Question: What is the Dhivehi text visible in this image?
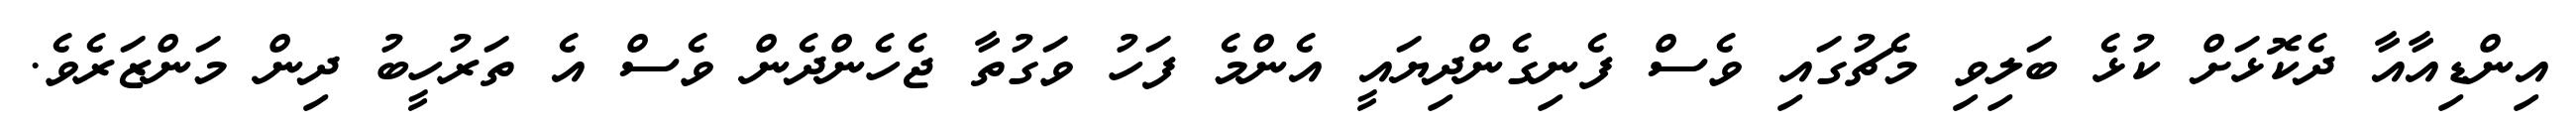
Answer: އިންޑިއާއާ ދެކޮޅަށް ކުޅެ ބަލިވި މެޗުގައި ވެސް ފެނިގެންދިޔައީ އެންމެ ފަހު ވަގުތާ ޖެހެންދެން ވެސް އެ ތަރުހީބު ދިން މަންޒަރެވެ.